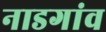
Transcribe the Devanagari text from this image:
नाडगांव